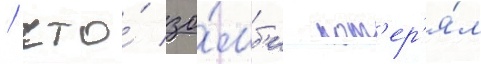
/ что́ зо́мб'и пот'ер'я́л